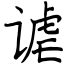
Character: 谑